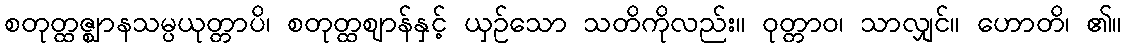
စတုတ္ထဇ္ဈာနသမ္ပယုတ္တာပိ၊ စတုတ္ထဈာန်နှင့် ယှဉ်သော သတိကိုလည်း။ ဝုတ္တာဝ၊ သာလျှင်။ ဟောတိ၊ ၏။